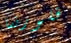
فلورنسا